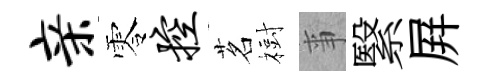
亲零控茗𣗳亊繄屛